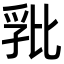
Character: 𭯏